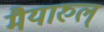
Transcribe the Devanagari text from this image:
मैयारुल्